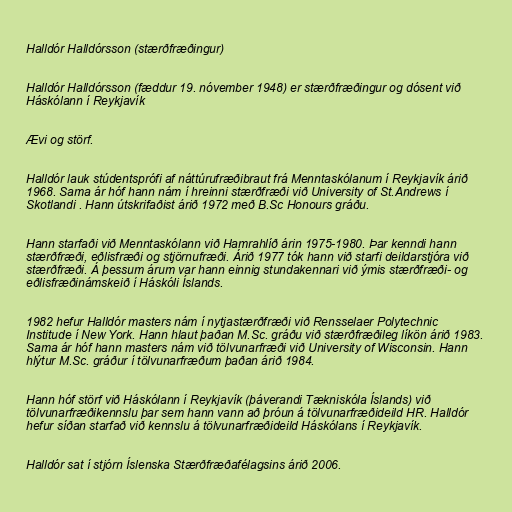
Halldór Halldórsson (stærðfræðingur)

Halldór Halldórsson (fæddur 19. nóvember 1948) er stærðfræðingur og dósent við
Háskólann í Reykjavík

Ævi og störf.

Halldór lauk stúdentsprófi af náttúrufræðibraut frá Menntaskólanum í Reykjavík árið
1968. Sama ár hóf hann nám í hreinni stærðfræði við University of St.Andrews í
Skotlandi . Hann útskrifaðist árið 1972 með B.Sc Honours gráðu.

Hann starfaði við Menntaskólann við Hamrahlíð árin 1975-1980. Þar kenndi hann
stærðfræði, eðlisfræði og stjörnufræði. Árið 1977 tók hann við starfi deildarstjóra við
stærðfræði. Á þessum árum var hann einnig stundakennari við ýmis stærðfræði- og
eðlisfræðinámskeið í Háskóli Íslands.

1982 hefur Halldór masters nám í nytjastærðfræði við Rensselaer Polytechnic
Institude í New York. Hann hlaut þaðan M.Sc. gráðu við stærðfræðileg líkön árið 1983.
Sama ár hóf hann masters nám við tölvunarfræði við University of Wisconsin. Hann
hlýtur M.Sc. gráður í tölvunarfræðum þaðan árið 1984.

Hann hóf störf við Háskólann í Reykjavík (þáverandi Tækniskóla Íslands) við
tölvunarfræðikennslu þar sem hann vann að þróun á tölvunarfræðideild HR. Halldór
hefur síðan starfað við kennslu á tölvunarfræðideild Háskólans í Reykjavík.

Halldór sat í stjórn Íslenska Stærðfræðafélagsins árið 2006.